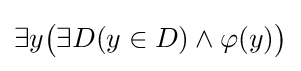
\exists y{\bigl (}\exists D(y\in D)\land \varphi (y){\bigr )}